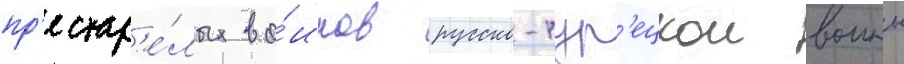
пр'естар'е́лых во́инов русско-тур'ецкои воины